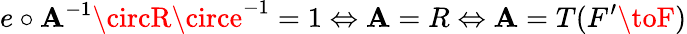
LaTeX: e\circ\mathbf{A}^{-1}\circR\circe^{-1}=1\Leftrightarrow\mathbf{A}=R\Leftrightarrow\mathbf{A}=T(F^{\prime}\toF)